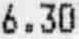
6.30